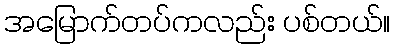
အမြောက်တပ်ကလည်း ပစ်တယ်။